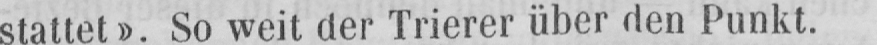
stattet». So weit der Trierer über den Punkt.